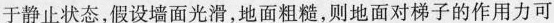
于静止状态，假设墙面光滑，地面粗糙，则地面对梯子的作用力可